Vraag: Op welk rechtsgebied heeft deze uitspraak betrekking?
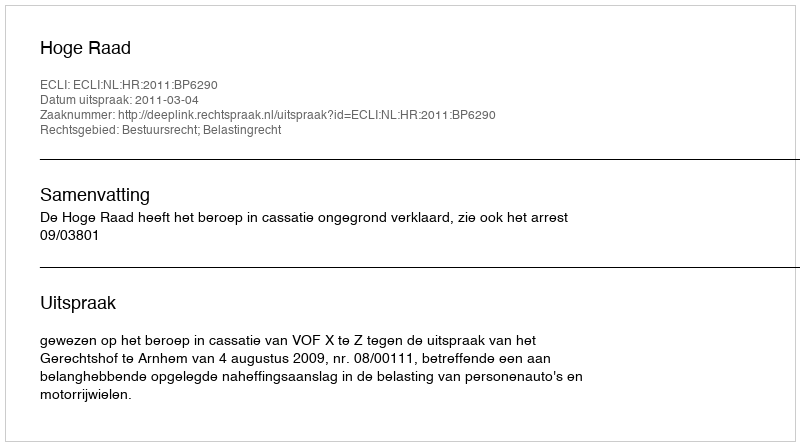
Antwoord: Bestuursrecht; Belastingrecht